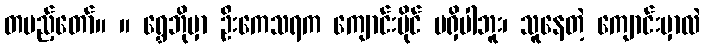
တပည့်တော်။ ။ ရွှေဘိုမှာ ဦးကေသရက ကျောင်းပိုင် မရှိပါဘူး၊ သူနေတဲ့ ကျောင်းမှာလဲ